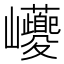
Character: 𡿚